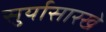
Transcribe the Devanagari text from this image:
सुर्यासारखे